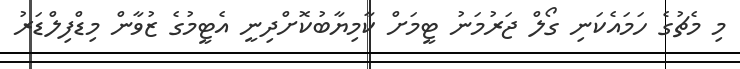
މި މެޗުގެ ހަމައެކަނި ގޯލް ޖަރުމަނު ޓީމަށް ކާމިޔާބުކޮށްދިނީ އެޓީމުގެ ޒުވާން މިޑްފިލްޑަރު